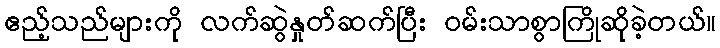
ဧည့်သည်များကို လက်ဆွဲနှုတ်ဆက်ပြီး ဝမ်းသာစွာကြိုဆိုခဲ့တယ်။